Medical and sanitary report of the native army of Bengal for the year
Year: 1876
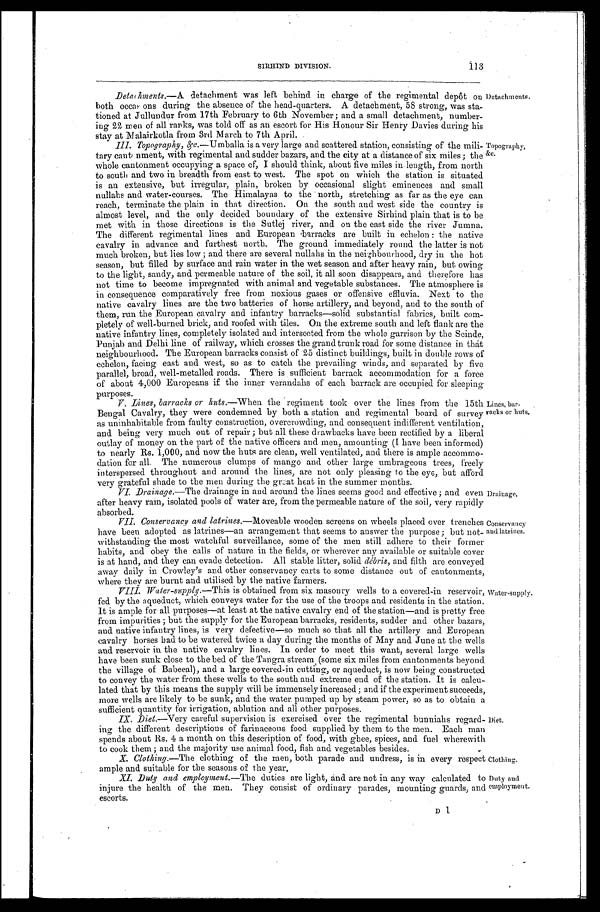
Clothing.
Duty and
employment
SIRHIND DIVISION.
113
Detachments.—A detachment was left behind in charge of the regimental depôt
on both occas ons during the absence of the head-quarters. A detachment, 58 strong, was sta--
tioned at Jullundur from 17th February to 6th November ; and a small detachment, number-
ing 22 men of all ranks, was told off as an escort for His Honour Sir Henry Davies during his
stay at Malairkotla from 3rd March to 7th Anril.
III. Topography, &c.—Umhalla is a very large and scattered station, consisting of the mili--
tary cant nment, with regimental and sudder bazars, and the city at a distance of six miles; the
whole cantonment occupying a space of, I should think, about five miles in-length, from north
to south and two in breadth from east to west. The spot on which the station is situated
is an extensive, but irregular, plain, broken by occasional slight eminences and small
nullahs and water-courses. The Himalayas to the north, stretching as far as the eye can
reach, terminate the plain in that direction. On the south and west side the country is
almost level, and the only decided boundary of the extensive Sirhind plain that is to be
met with in those directions is the Sutlej river, and on the east side the river Jumna.
The different regimental lines and European barracks are built in echelon : the native
cavalry in advance and furthest north. The ground immediately round the latter is not
much broken, but lies low ; and there are several nullahs in the neighborhood, dry in the hot
season, but filled by surface and rain water in the wet season and after heavy rain, but owing
to the light, sandy, and permeable nature of the soil, it all soon disappears, and therefore has
not time to become impregnated with animal and vegetable substances. The atmosphere is
in consequence comparatively free from noxious gases or offensive effluvia. Next to the
native cavalry lines are the two batteries of horse artillery, and beyond, and to the south of
them, run the European cavalry and infantry barracks—solid substantial fabrics, built com--
pletely of well-burned brick, and roofed with tiles. On the extreme south and left flank are the
native infantry lines, completely isolated and intersected from the whole garrison by the Scinde,
Punjab and Delhi line of railway, which crosses the grand trunk road for some distance in that
neighbourhood. The European barracks consist of 25 distinct buildings, built in double rows of
echelon, facing east and west, so as to catch the prevailing winds, and separated by five
parallel, broad, well-metalled roads. There is sufficient barrack accommodation for a force
of about 4,000 Europeans if the inner verandahs of each barrack are occupied for sleeping
purposes.
Detach ments.
Topography, &c.
V . L i n e s , b a r r a c k s o r h u t s . — W h e n t h e r e g i m e n t t o o k o v e r t h e l i n e s f r o m t h e 1 5 t h
Bengal Cavalry, they were condemned by both a station and regimental board of survey
as uninhabitable from faulty construction, overcrowding, and consequent indifferent ventilation,
and being very much out of repair ; but all these drawbacks have been rectified by a liberal
outlay of money on the part of the native officers and men, amounting (I have been informed)
to nearly Rs. 1,000, and now the huts are clean, well ventilated, and there is ample accommo--
dation for all. The numerous clumps of mango and other large umbrageous trees, freely
interspersed throughout and around the lines, are not only pleasing to the eye, but afford
very grateful shade to the men during the great heat in the summer months.
VI.
Drainage.—The drainage in and around the lines seems good and effective ; and even
after heavy rain, isolated pools of water are, from the permeable nature of the soil, very rapidly
absorbed.
Lines, bar-
-racks or huts.
Drainage.
VII. Conservancy and latrines. —Moveable wooden screens on wheels placed over trenches
have been adopted as latrines—an arrangement that seems to answer the purpose; but not--
withstanding the most watchful surveillance, some of the men still adhere to their former
habits, and obey the calls of nature in the fields, or wherever any available or suitable cover
is at hand, and they can evade detection. All stable litter, solid d é b r i s , a n d f i l t h a r e c o n v e y e d
away daily in Crowley's and other conservancy carts to some distance out of cantonments,
where they are burnt and utilised by the native farmers.
VIII . Water-supply .—This i s o b t a i n e d f r o m s i x m a s o n r y w e l l s t o a c o v e r e d - i n r e s e r v o i r ,
fed by the aqueduct, which conveys water for the use of the troops and residents in the station.
It is ample for all purposes—at least at the native cavalry end of the station—and is pretty free
from impurities ; but the supply for the European barracks, residents, sudder and other bazars,
and native infantry lines, is very defective—so much so that all the artillery and European
cavalry horses had to be watered twice a day during the months of May and June at the wells
and reservoir in the native cavalry lines. In order to meet this want, several large wells
have been sunk close to the bed of the Tangra stream (some six miles from cantonments beyond
the village of Babeeal), and a large covered-in cutting, or aqueduct, is now being constructed
to convey the water from these wells to the south and extreme end of the station. It is calcu--
lated that by this means the supply will be immensely increased ; and if the experiment succeeds,
more wells are likely to be sunk, and the water pumped up by steam power, so as to obtain a
sufficient quantity for irrigation, ablution and all other purposes.
IX. Diet.—Very careful supervision is exercised over the regimental bunniahs regard--
ing the different descriptions of farinaceous food supplied by them to the men. Each man
spends about Rs. 4 a month on this description of food, with ghee, spices, and fuel wherewith
to cook them ; and the majority use animal food, fish and vegetables besides.
X. Clothing.—The clothing of the men, now parade and undress, is in every respect
ample and suitable for the seasons of the year.
XI. Duty and employment.—The duties are light, and are not in any way calculated to
injure the health of the men. They consist of ordinary parades, mounting guards, and
escorts.
Conservancy
and latrines.
Water-supply.
Diet.
D 1